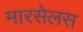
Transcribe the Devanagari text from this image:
मारसेलस